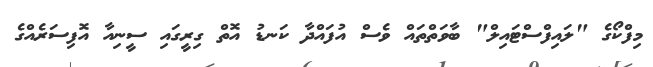
މިފްކޯގެ "ލައިފްސްޓައިލް" ބާވަތްތައް ވެސް އުފައްދާ ކަނޑު އޮތް ގިރީގައި ސީނިއާ އޮފިސަރެއްގެ